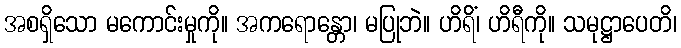
အစရှိသော မကောင်းမှုကို။ အကရောန္တော၊ မပြုဘဲ။ ဟိရိံ၊ ဟိရီကို။ သမုဋ္ဌာပေတိ၊